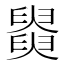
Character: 𦦚